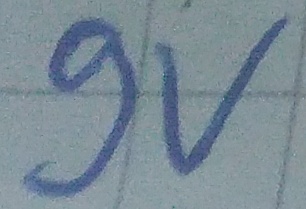
Text: 9v